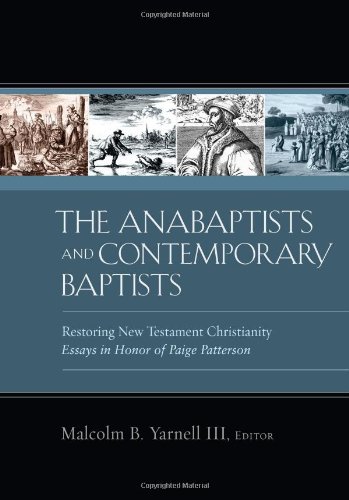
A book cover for The Anabaptists and Contemporary Baptists: Restoring New Testament Christianity; Christian Books & Bibles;